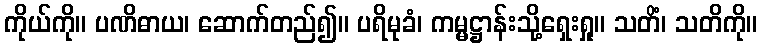
ကိုယ်ကို။ ပဏိဓာယ၊ ဆောက်တည်၍။ ပရိမုခံ၊ ကမ္မဋ္ဌာန်းသို့ရှေးရှု။ သတိံ၊ သတိကို။